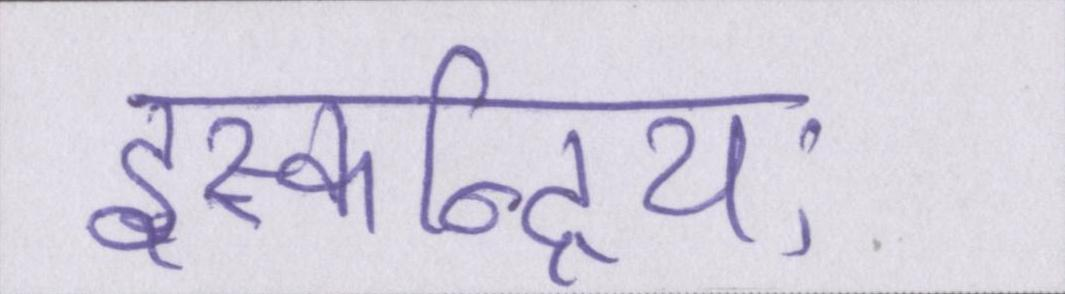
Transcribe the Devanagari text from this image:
इस्कन्द्रियः